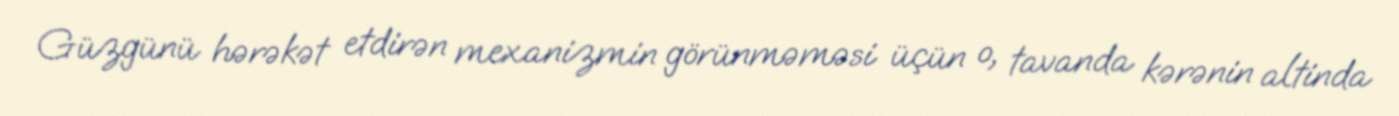
Güzgünü hərəkət etdirən mexanizmin görünməməsi üçün o, tavanda kərənin altinda